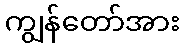
ကျွန်တော်အား